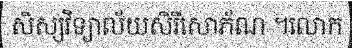
សិស្សវិទ្យាល័យសិរីសោភ័ណ ។លោក